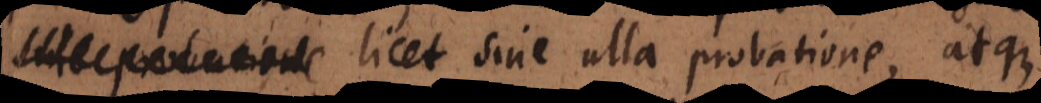
licet sine ulla probatione, atque